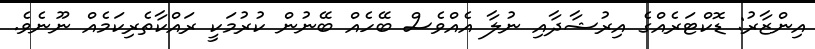
އިންޒާރު: ޑޮކްޓަރެއްގެ އިރުޝާދާއި ނުލާ އެއްވެސް ބޭހެއް ބޭނުން ކުރުމަކީ ރައްކާތެރިކަމެއް ނޫނެވެ.